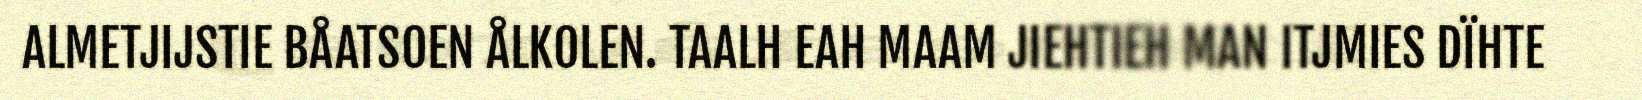
ALMETJIJSTIE BÅATSOEN ÅLKOLEN. TAALH EAH MAAM JIEHTIEH MAN ITJMIES DÏHTE